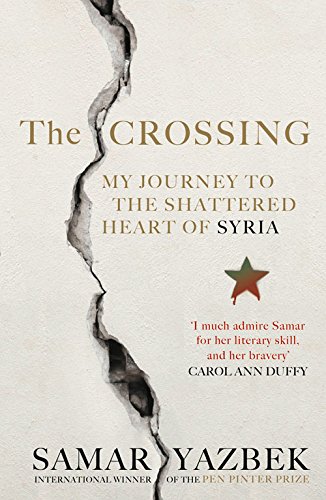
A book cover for The Crossing: My Journey to the Shattered Heart of Syria; Samar Yazbek; History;